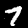
Digit: 7